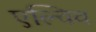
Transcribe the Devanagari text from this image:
एल्विव